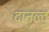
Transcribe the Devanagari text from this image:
दानल्द्